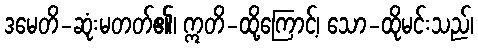
ဒမေတိ-ဆုံးမတတ်၏၊ ဣတိ-ထို့ကြောင့်၊ သော-ထိုမင်းသည်၊